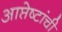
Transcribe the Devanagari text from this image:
आप्तेष्टांची